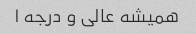
همیشه عالی و درجه ١